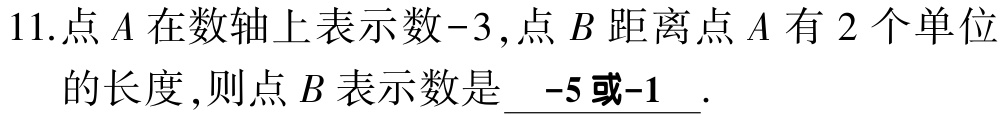
11.点\(A\)在数轴上表示数\(-3\)，点\(B\)距离点\(A\)有\(2\)个单位的长度，则点\(B\)表示数是\(\underline{-5或 -1}\).